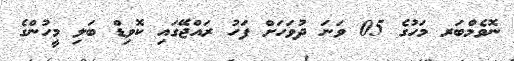
ނޮވެމްބަރ މަހުގެ 05 ވަނަ ދުވަހަށް ފަހު ރައްޖޭގައި ކޮވިޑް ބަލި މީހުންގެ